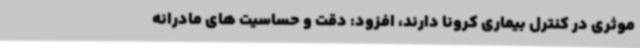
موثری در کنترل بیماری کرونا دارند، افزود: دقت و حساسیت های مادرانه